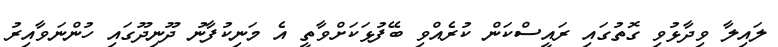
ލައިލާ ވިދާޅުވި ގޮތުގައި ރައީސްކަން ކުރެއްވި ބޭފުޅަކަށްވާތީ އެ މަނިކުފާނު ދޫނިދޫގައި ހުންނަވާއިރު